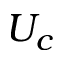
U _ { c }